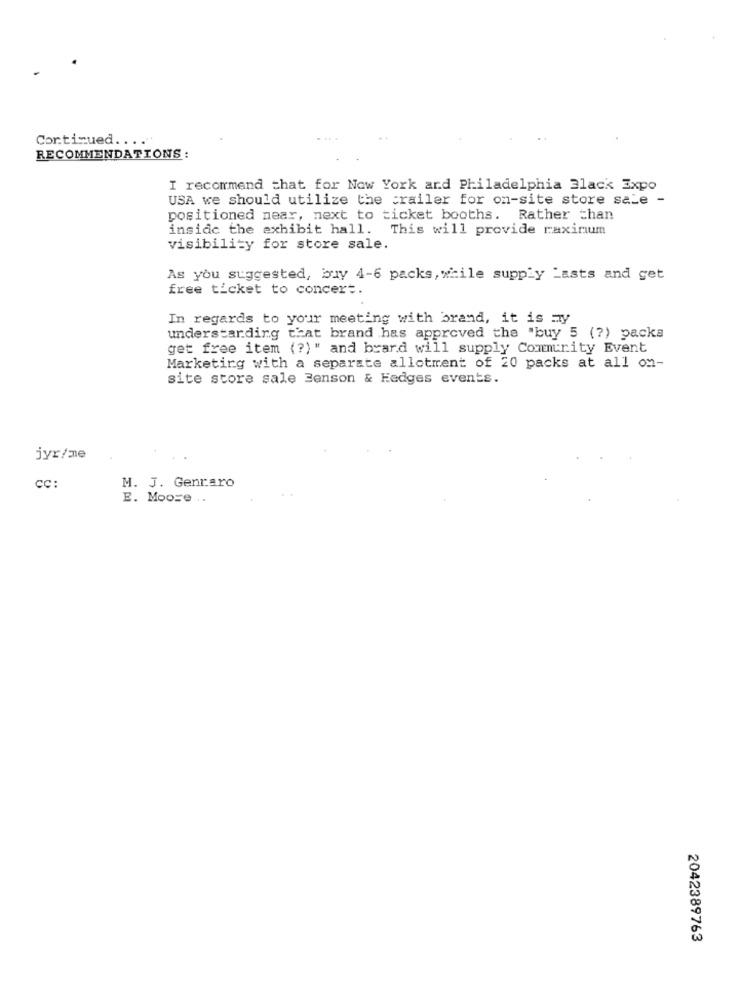
Continued .... "'
RECOMMENDATIONS:
I recommend that for New York and Philadelphia Black Expo
USA we should utilize the trailer for on-site store sale -
positioned near, next to ticket booths. Rather than
inside the exhibit hall. This will provide raxinum
visibility for store sale.
As you suggested, buy 4-6 packs, while supply Lasts and get
free ticket to concert.
In regards to your meeting with brand, it is my
understanding that brand has approved the "buy 5 (?) packs
get free item (?) " and brard will supply Community Event
Marketing with a separate allotment of 20 packs at all on-
site store sale Benson & Fedges events.
jyr/me
CC:
M. J. Genraro
E. Moore ..
2042389763